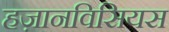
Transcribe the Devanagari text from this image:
हज़ानविसियस